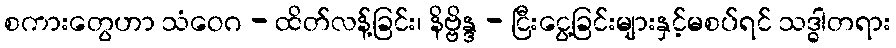
စကားတွေဟာ သံဝေဂ - ထိတ်လန့်ခြင်း၊ နိဗ္ဗိန္ဒ - ငြီးငွေ့ခြင်းများနှင့်မစပ်ရင် သဒ္ဓါတရား